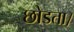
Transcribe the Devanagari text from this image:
छोडता।